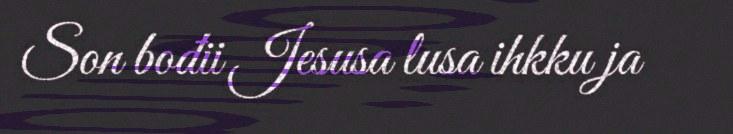
Son bođii Jesusa lusa ihkku ja